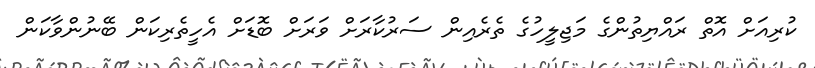
ކުރިއަށް އޮތް ރައްޔިތުންގެ މަޖިލީހުގެ ތެރެއިން ސަރުކާރަށް ވަރަށް ބޮޑަށް އެހީތެރިކަން ބޭނުންވާކަން